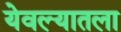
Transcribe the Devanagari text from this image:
येवल्यातला